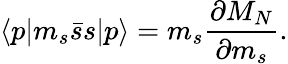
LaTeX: \langle p|m_{s}\bar{s}s|p\rangle=m_{s}\frac{\partial M_{N}}{\partial m_{s}}.